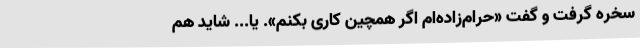
سخره گرفت و گفت «حرام‌زاده‌ام اگر همچین کاری بکنم». یا... شاید هم